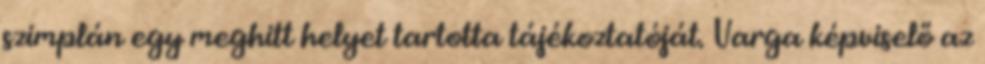
szimplán egy meghitt helyet tartotta tájékoztatóját. Varga képviselő az